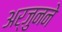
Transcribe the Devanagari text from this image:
अर्जुनने